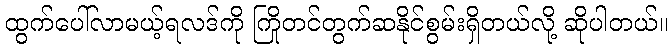
ထွက်ပေါ်လာမယ့်ရလဒ်ကို ကြိုတင်တွက်ဆနိုင်စွမ်းရှိတယ်လို့ ဆိုပါတယ်။